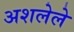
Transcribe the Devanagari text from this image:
अशलेले